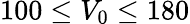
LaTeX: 100\leq V_{0}\leq 180